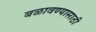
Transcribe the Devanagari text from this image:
बळावण्यासाठी